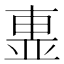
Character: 𣌽